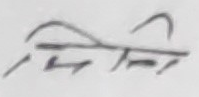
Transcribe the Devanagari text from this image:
तिनि